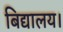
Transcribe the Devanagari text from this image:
बिद्यालय।